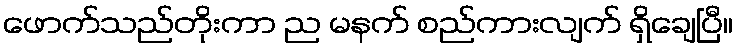
ဖောက်သည်တိုးကာ ည မနက် စည်ကားလျက် ရှိချေပြီ။